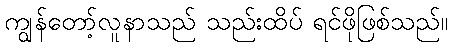
ကျွန်တော့်လူနာသည် သည်းထိပ် ရင်ဖိုဖြစ်သည်။